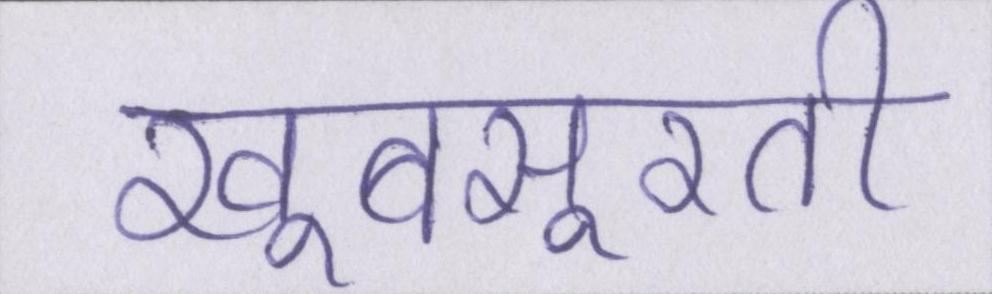
खूबसूरती